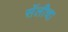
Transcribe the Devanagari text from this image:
सॅलीचा